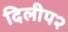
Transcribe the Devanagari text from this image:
दिलीप२